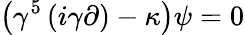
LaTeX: \left(\gamma^{5}\left(i\gamma\partial\right)-\kappa\right)\psi=0